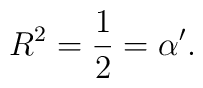
R^2 = \frac{1}{2} = \alpha^\prime .